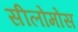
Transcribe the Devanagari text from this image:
सीलोमोंस